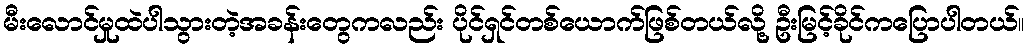
မီးလောင်မှုထဲပါသွားတဲ့အခန်းတွေကလည်း ပိုင်ရှင်တစ်ယောက်ဖြစ်တယ်လို့ ဦးမြင့်ခိုင်ကပြောပါတယ်။